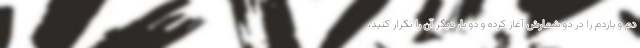
دم و بازدم را در دو شمارش آغاز کرده و دو بار دیگر آن را تکرار کنید،